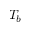
T _ { b }